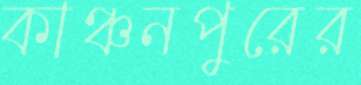
কাঞ্চনপুরের